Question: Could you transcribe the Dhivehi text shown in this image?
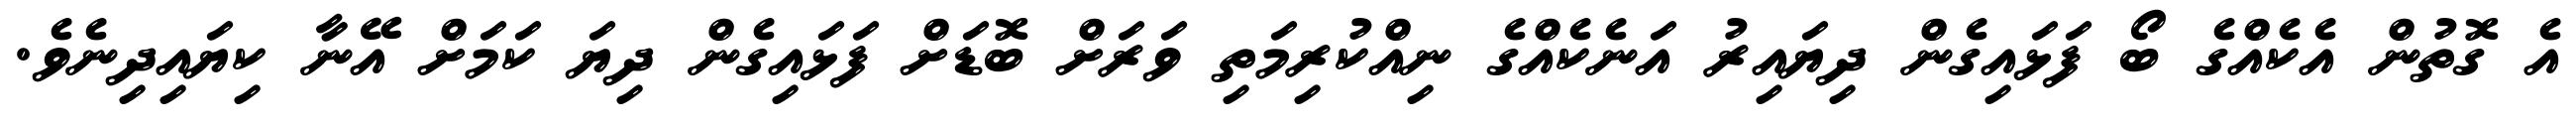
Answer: އެ ގޮތުން އެކެއްގެ ބޯ ފަޅައިގެން ދިޔައިރު އަނެކެއްގެ ނިއްކުރިމަތި ވަރަށް ބޮޑަށް ފަޅައިގެން ދިޔަ ކަމަށް އޭނާ ކިޔައިދިނެވެ.